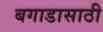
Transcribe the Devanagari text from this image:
बगाडासाठी